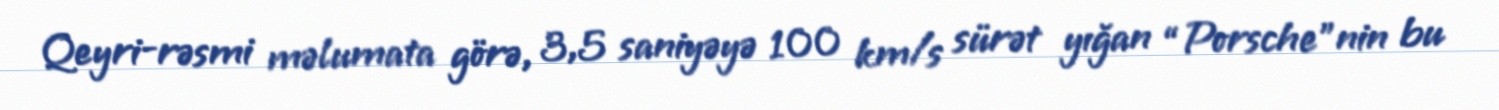
Qeyri-rəsmi məlumata görə, 3,5 saniyəyə 100 km/s sürət yığan “Porsche”nin bu